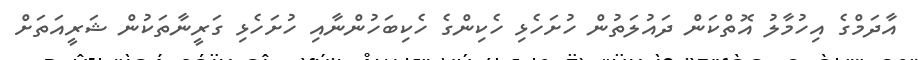
އާދަމްގެ އިހުމާލު އޮތްކަން ދައުލަތުން ހުށަހެޅި ހެކިންގެ ހެކިބަހުންނާއި ހުށަހެޅި ގަރީނާތަކުން ޝަރީއަތަށް